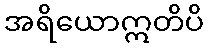
အရိယောဣတိပိ